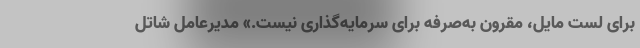
برای لست مایل، مقرون به‌صرفه برای سرمایه‌گذاری نیست.» مدیرعامل شاتل